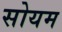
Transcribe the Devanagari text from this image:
सोयम